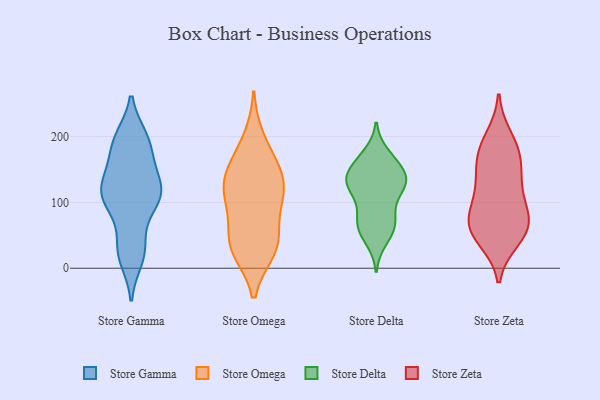
{"axis": {"x": "Temperature (°C)", "y": "Value"}, "legend": ["Store Delta", "Store Gamma", "Store Omega", "Store Zeta"], "data": [{"x": "", "y": 193, "type": "Store Gamma"}, {"x": "", "y": 105, "type": "Store Gamma"}, {"x": "", "y": 119, "type": "Store Gamma"}, {"x": "", "y": 15, "type": "Store Gamma"}, {"x": "", "y": 192, "type": "Store Gamma"}, {"x": "", "y": 165, "type": "Store Gamma"}, {"x": "", "y": 140, "type": "Store Gamma"}, {"x": "", "y": 111, "type": "Store Gamma"}, {"x": "", "y": 96, "type": "Store Gamma"}, {"x": "", "y": 30, "type": "Store Gamma"}, {"x": "", "y": 197, "type": "Store Gamma"}, {"x": "", "y": 106, "type": "Store Gamma"}, {"x": "", "y": 33, "type": "Store Gamma"}, {"x": "", "y": 128, "type": "Store Gamma"}, {"x": "", "y": 32, "type": "Store Omega"}, {"x": "", "y": 34, "type": "Store Omega"}, {"x": "", "y": 163, "type": "Store Omega"}, {"x": "", "y": 103, "type": "Store Omega"}, {"x": "", "y": 197, "type": "Store Omega"}, {"x": "", "y": 27, "type": "Store Omega"}, {"x": "", "y": 105, "type": "Store Omega"}, {"x": "", "y": 35, "type": "Store Omega"}, {"x": "", "y": 118, "type": "Store Omega"}, {"x": "", "y": 66, "type": "Store Omega"}, {"x": "", "y": 148, "type": "Store Omega"}, {"x": "", "y": 142, "type": "Store Omega"}, {"x": "", "y": 125, "type": "Store Omega"}, {"x": "", "y": 60, "type": "Store Delta"}, {"x": "", "y": 130, "type": "Store Delta"}, {"x": "", "y": 158, "type": "Store Delta"}, {"x": "", "y": 86, "type": "Store Delta"}, {"x": "", "y": 52, "type": "Store Delta"}, {"x": "", "y": 73, "type": "Store Delta"}, {"x": "", "y": 118, "type": "Store Delta"}, {"x": "", "y": 129, "type": "Store Delta"}, {"x": "", "y": 69, "type": "Store Delta"}, {"x": "", "y": 142, "type": "Store Delta"}, {"x": "", "y": 136, "type": "Store Delta"}, {"x": "", "y": 127, "type": "Store Delta"}, {"x": "", "y": 42, "type": "Store Delta"}, {"x": "", "y": 111, "type": "Store Delta"}, {"x": "", "y": 168, "type": "Store Delta"}, {"x": "", "y": 71, "type": "Store Delta"}, {"x": "", "y": 157, "type": "Store Delta"}, {"x": "", "y": 139, "type": "Store Delta"}, {"x": "", "y": 128, "type": "Store Delta"}, {"x": "", "y": 174, "type": "Store Delta"}, {"x": "", "y": 119, "type": "Store Zeta"}, {"x": "", "y": 86, "type": "Store Zeta"}, {"x": "", "y": 170, "type": "Store Zeta"}, {"x": "", "y": 69, "type": "Store Zeta"}, {"x": "", "y": 62, "type": "Store Zeta"}, {"x": "", "y": 77, "type": "Store Zeta"}, {"x": "", "y": 45, "type": "Store Zeta"}, {"x": "", "y": 138, "type": "Store Zeta"}, {"x": "", "y": 171, "type": "Store Zeta"}, {"x": "", "y": 52, "type": "Store Zeta"}, {"x": "", "y": 125, "type": "Store Zeta"}, {"x": "", "y": 198, "type": "Store Zeta"}, {"x": "", "y": 62, "type": "Store Zeta"}, {"x": "", "y": 179, "type": "Store Zeta"}]}